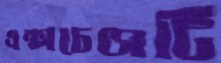
এক্সচেঞ্জটি